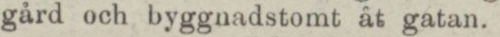
gård och byggnadstomt åt gatan.